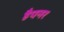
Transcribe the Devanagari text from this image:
हैपनर